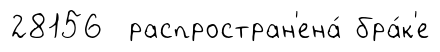
28156 распростран'ена́ бра́к'е